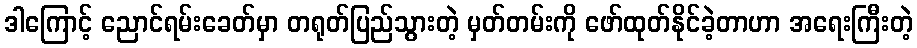
ဒါကြောင့် ညောင်ရမ်းခေတ်မှာ တရုတ်ပြည်သွားတဲ့ မှတ်တမ်းကို ဖော်ထုတ်နိုင်ခဲ့တာဟာ အရေးကြီးတဲ့